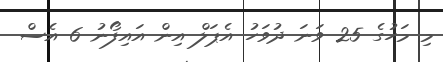
މި މަހުގެ 25 ވަނަ ދުވަހު އެޕަލް އިން އައިފޯނު 6 އެސް